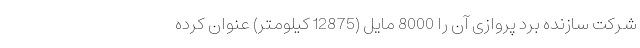
شرکت سازنده برد پروازی آن را 8000 مایل (12875 کیلومتر) عنوان کرده